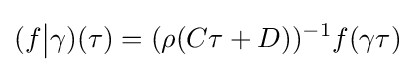
(f{\big |}\gamma )(\tau )=(\rho (C\tau +D))^{-1}f(\gamma \tau )